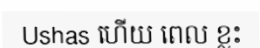
Ushas ហើយ ពេល ខ្លះ